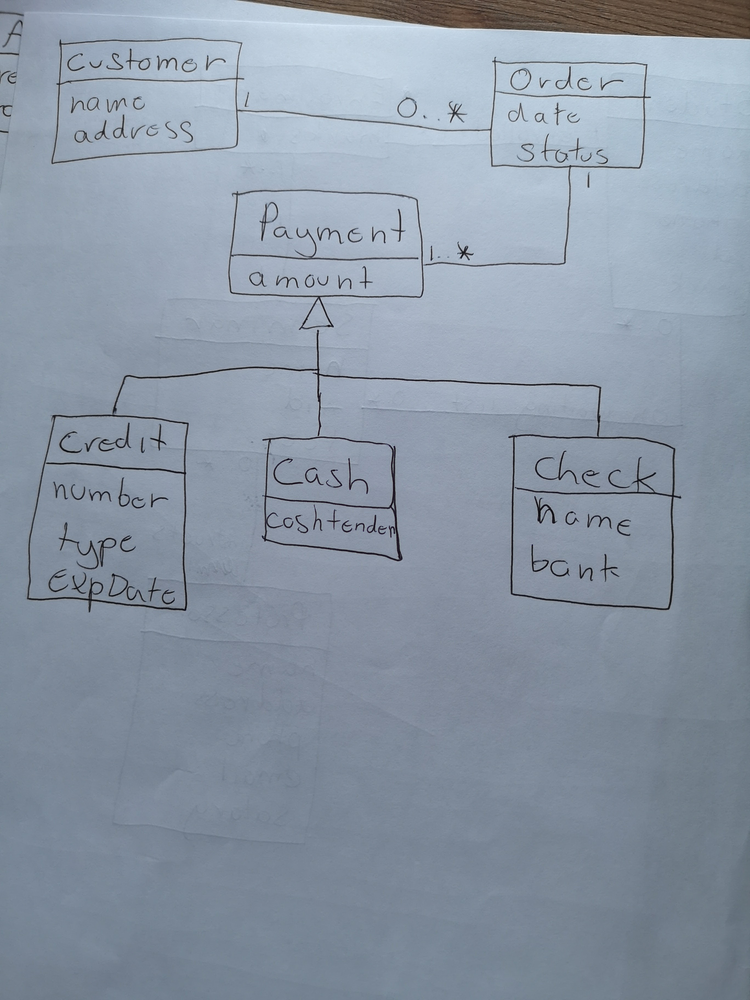
Diagram type: class_diagram
```plantuml
@startuml

class Customer {
  name
  address
}

class Order {
  date
  status
}

class Payment {
  amount
}

class Credit extends Payment {
  number
  type
  expDate
}

class Cash extends Payment {
  cashtender
}

class Check extends Payment {
  name
  bank
}

Order "0..*" -- "1" Customer
Order "1" -- "1..*" Payment

@enduml
```